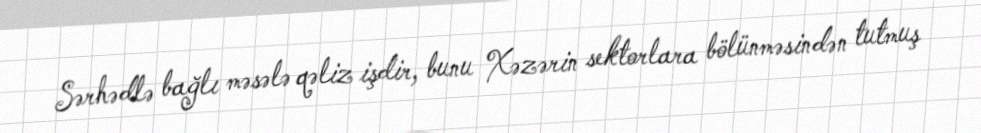
Sərhədlə bağlı məsələ qəliz işdir, bunu Xəzərin sektorlara bölünməsindən tutmuş